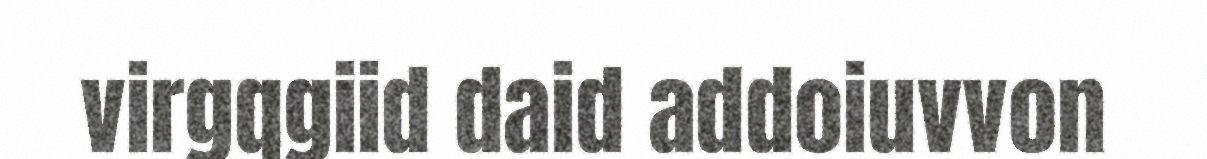
virgqgiid daid addoiuvvon